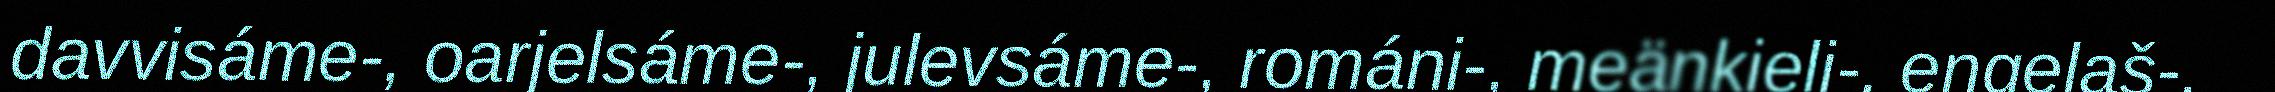
davvisáme-, oarjelsáme-, julevsáme-, románi-, meänkieli-, eŋgelaš-,